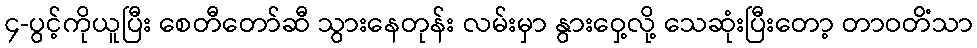
၄-ပွင့်ကိုယူပြီး စေတီတော်ဆီ သွားနေတုန်း လမ်းမှာ နွားဝှေ့လို့ သေဆုံးပြီးတော့ တာဝတိံသာ